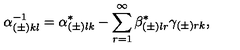
\alpha _ { ( \pm ) k l } ^ { - 1 } = \alpha _ { ( \pm ) l k } ^ { * } - \sum _ { r = 1 } ^ { \infty } \beta _ { ( \pm ) l r } ^ { * } \gamma _ { ( \pm ) r k } ,